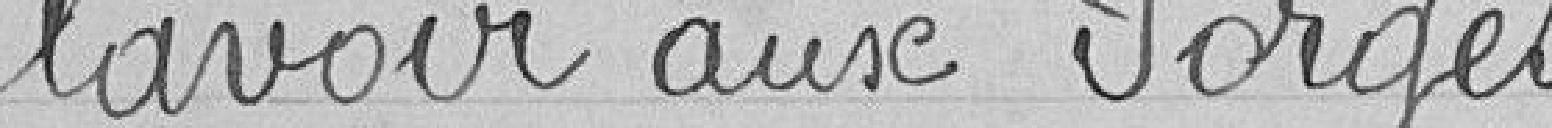
lavoir aux forges